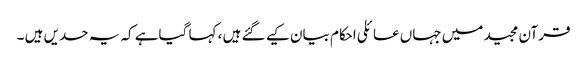
قرآن مجید میں جہاں عائلی احکام بیان کیے گئے ہیں ، کہا گیاہے کہ یہ حدیں ہیں ۔